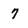
Character: 7